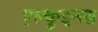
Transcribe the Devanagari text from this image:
एल्कुइनस